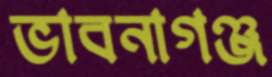
ভাবনাগঞ্জ